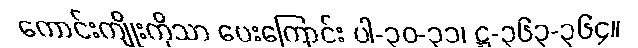
ကောင်းကျိုးကိုသာ ပေးကြောင်း ပါ-၃၀-၃၁၊ ဋ္ဌ-၃၆၃-၃၆၄။